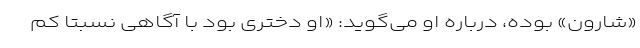
«شارون» بوده، درباره او می‌گوید: «او دختری بود با آگاهی نسبتا کم